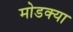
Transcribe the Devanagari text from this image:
मोडक्या